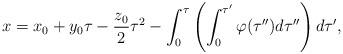
LaTeX: \begin{align*}x=x_0+y_0 \tau -\frac{z_0}{2}\tau^2-\int_0^{\tau}\left (\int_0^{\tau'}\varphi(\tau '')d\tau '' \right )d \tau ' ,\end{align*}